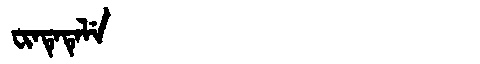
Manchu: ᠸᡳᠨᡨᡝᡨᡝᠯᡝ
Romanization: FINTETELE